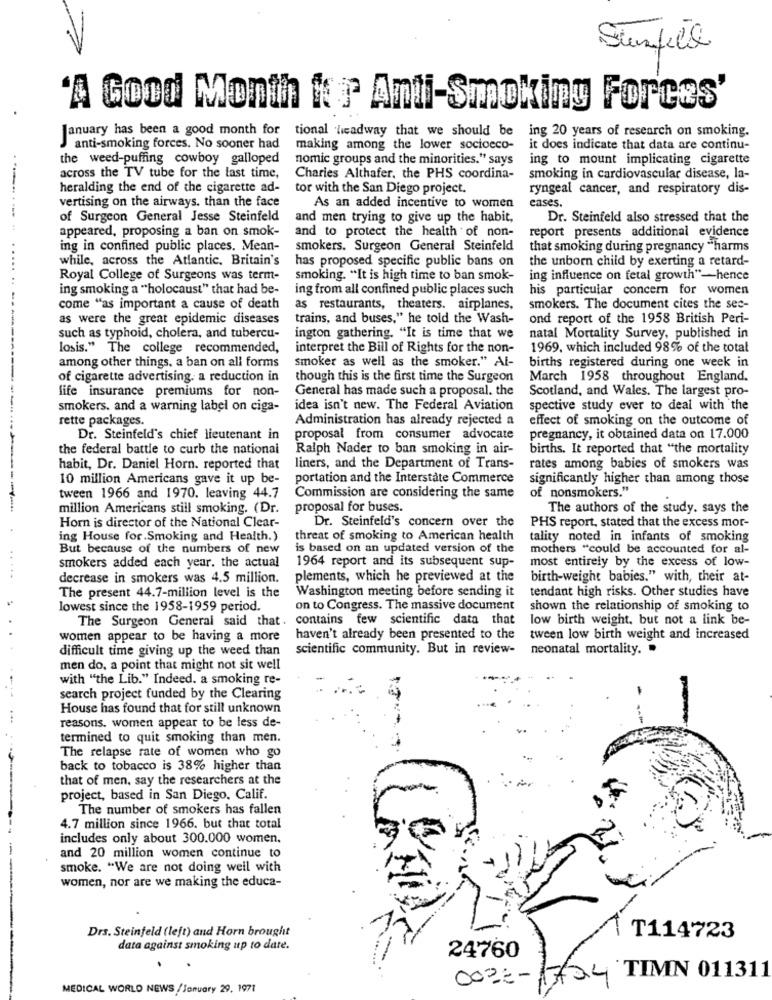
-
Sunfice
'A Good Month for Anti-Smoking Forces'
January has been a good month for
tional headway that we should be
ing 20 years of research on smoking.
anti-smoking forces. No sooner had
making among the lower socioeco-
it does indicate that data are continu-
the weed-puffing cowboy galloped
nomic groups and the minorities." says
ing to mount implicating cigarette
across the TV tube for the last time,
Charies Althafer, the PHS coordina-
smoking in cardiovascular disease, la-
heralding the end of the cigarette ad-
tor with the San Diego project.
ryngeal cancer, and respiratory dis-
vertising on the airways. than the face
cases.
As an added incentive to women
of Surgeon General Jesse Steinfeld
and men trying to give up the habit,
Dr. Steinfeld also stressed that the
appeared, proposing a ban on smok-
and to protect the health of non-
report presents additional evidence
ing in confined public places. Mean-
smokers. Surgeon General Steinfeld
that smoking during pregnancy "harms
...
while, across the Atlantic, Britain's
has proposed specific public bans on
the unborn child by exerting a retard-
Royal College of Surgeons was term-
smoking. "It is high time to ban smok-
ing influence on fetal growth"-hence
ing smoking a "holocaust" that had be-
ing from all confined public places such
his particular concern for women
come "as important a cause of death
as restaurants, theaters. airplanes,
smokers. The document cites the sec-
as were the great epidemic diseases
trains, and buses," he told the Wash-
ond report of the 1958 British Peri-
such as typhoid, cholera, and tubercu-
ington gathering. "It is time that we
natal Mortality Survey, published in
losis." The college recommended,
interpret the Bill of Rights for the non-
1969, which included 98% of the total
births registered during one week in
among other things, a ban on all forms
smoker as well as the smoker." Al-
of cigarette advertising. a reduction in
though this is the first time the Surgeon
March 1958 throughout England.
life insurance premiums for non-
General has made such a proposal. the
Scotland, and Wales. The largest pro-
smokers, and a warning label on ciga-
idea isn't new. The Federal Aviation
spective study ever to deal with the
rette packages.
Administration has already rejected a
effect of smoking on the outcome of
Dr. Steinfeld's chief lieutenant in
proposal from consumer advocate
pregnancy, it obtained data on 17.000
the federal battle to curb the national
Ralph Nader to ban smoking in air-
births. It reported that "the mortality
habit, Dr. Daniel Horn. reported that
liners, and the Department of Trans-
rates among babies of smokers was
10 million Americans gave it up be-
portation and the Interstate Commerce
significantly higher than among those
of nonsmokers."
tween 1966 and 1970. leaving 44.7
Commission are considering the same
million Americans still smoking. (Dr.
proposal for buses.
The authors of the study. says the
Horn is director of the National Clear-
Dr. Steinfeld's concern over the
PHS report, stated that the excess mor-
ing House for Smoking and Health.)
threat of smoking to American health
tality noted in infants of smoking
But because of the numbers of new
is based on an updated version of the
mothers "could be accounted for al-
1964 report and its subsequent sup-
most entirely by the excess of low-
smokers added each year. the actual
decrease in smokers was 4.5 million.
plements, which he previewed at the
birth-weight babies." with, their at-
Washington meeting before sending it
tendant high risks. Other studies have
The present 44.7-million level is the
lowest since the 1958-1959 period.
on to Congress. The massive document
shown the relationship of smoking to
The Surgeon General said that. contains few scientific data that
low birth weight, but not a link be-
women appear to be having a more
haven't already been presented to the
tween low birth weight and increased
difficult time giving up the weed than
scientific community. But in review-
neonatal mortality. .
men do, a point that might not sit well
with "the Lib." Indeed. a smoking re-
search project funded by the Clearing
House has found that for still unknown
...
reasons. women appear to be less de-
termined to quit smoking than men.
The relapse rate of women who go
back to tobacco is 38% higher than
that of men, say the researchers at the
project, based in San Diego, Calif.
The number of smokers has fallen
4.7 million since 1966. but that total
includes only about 300.000 women.
and 20 million women continue to
smoke. "We are not doing well with
women, nor are we making the educa-
Drs. Steinfeld (left) and Horn brought
T114723
data against smoking up to date.
24760
0022-1734 TIMN 011311
-
MEDICAL WORLD NEWS /January 29, 1971